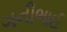
ગનીભાઈ